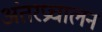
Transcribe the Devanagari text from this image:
अंतरप्रचालन